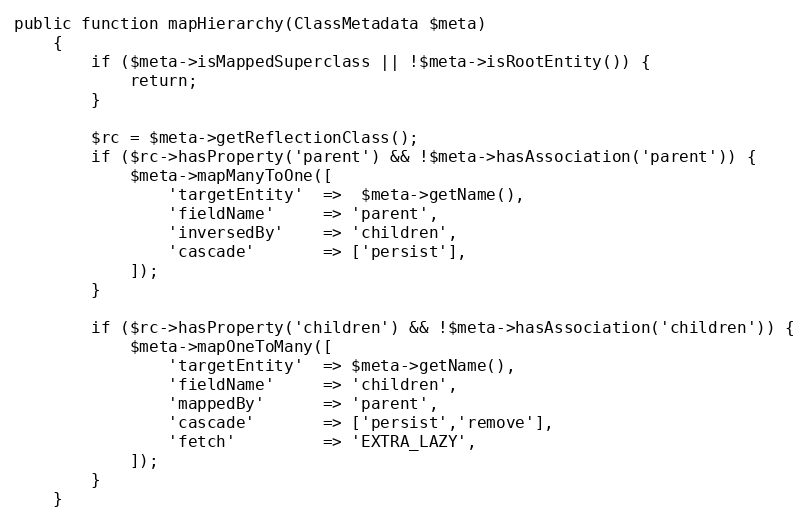
Language: PHP
public function mapHierarchy(ClassMetadata $meta)
    {
        if ($meta->isMappedSuperclass || !$meta->isRootEntity()) {
            return;
        }

        $rc = $meta->getReflectionClass();
        if ($rc->hasProperty('parent') && !$meta->hasAssociation('parent')) {
            $meta->mapManyToOne([
                'targetEntity'  =>  $meta->getName(),
                'fieldName'     => 'parent',
                'inversedBy'    => 'children',
                'cascade'       => ['persist'],
            ]);
        }

        if ($rc->hasProperty('children') && !$meta->hasAssociation('children')) {
            $meta->mapOneToMany([
                'targetEntity'  => $meta->getName(),
                'fieldName'     => 'children',
                'mappedBy'      => 'parent',
                'cascade'       => ['persist','remove'],
                'fetch'         => 'EXTRA_LAZY',
            ]);
        }
    }